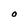
Character: O